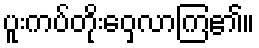
ပူးကပ်တိုးဝှေ့လာကြ၏။